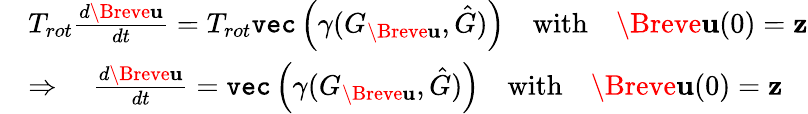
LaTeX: \begin{array}{rl}&{T_{rot}\frac{d\Breve{\mathbf{u}}}{dt}=T_{rot}\texttt{vec}\left(\gamma(G_{\Breve{\mathbf{u}}},\hat{G})\right)\quad\mathrm{with}\quad\Breve{\mathbf{u}}(0)=\mathbf{z}}\\ &{\Rightarrow\quad\frac{d\Breve{\mathbf{u}}}{dt}=\texttt{vec}\left(\gamma(G_{\Breve{\mathbf{u}}},\hat{G})\right)\quad\mathrm{with}\quad\Breve{\mathbf{u}}(0)=\mathbf{z}}\end{array}